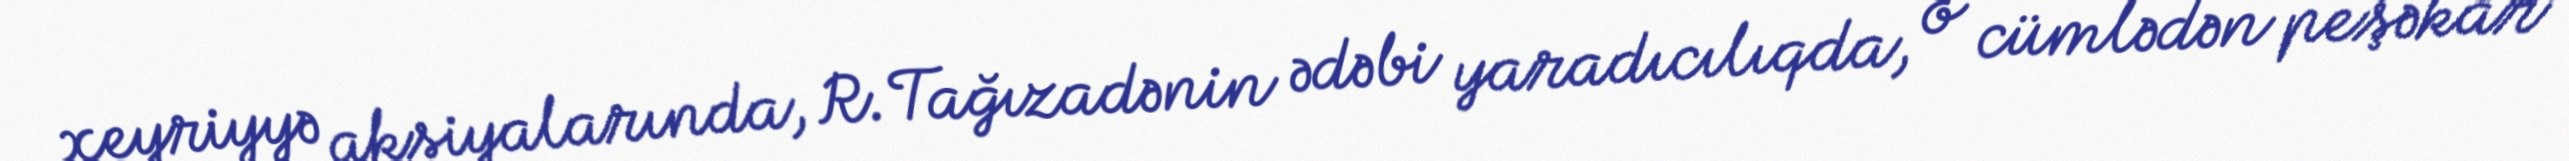
xeyriyyə aksiyalarında, R.Tağızadənin ədəbi yaradıcılıqda, o cümlədən peşəkar